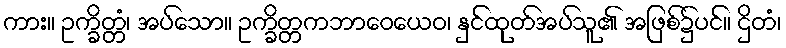
ကား။ ဥက္ခိတ္တံ၊ အပ်သော။ ဥက္ခိတ္တကဘာဝေယေဝ၊ နှင်ထုတ်အပ်သူ၏ အဖြစ်၌ပင်။ ဌိတံ၊